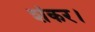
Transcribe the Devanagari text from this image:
शंकर।